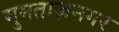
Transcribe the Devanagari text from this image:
मुमताज़नगर